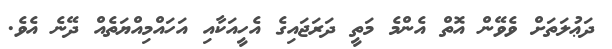
ދަޢުލަތަށް ވެވޭން އޮތް އެންމެ މަތީ ދަރަޖައިގެ އެހީއަކާއި އަހައްމިއްޔަތެއް ދޭނެ އެވެ.